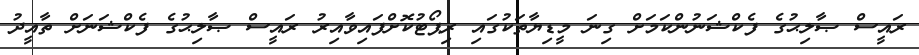
ރައީސް ޞާލިޙުގެ ފެކްޝަނުންކަމަށް ގިނަ މީޑިޔާތަކުގައި ރިޕޯޓުކޮށްފައިވާއިރު ރައީސް ޞާލިޙުގެ ފެކްޝަނަށް ތާއީދު